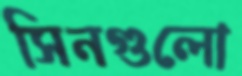
সিনগুলো